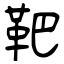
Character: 靶